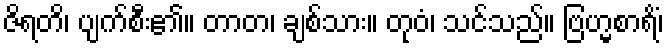
ဇိရတိ၊ ပျက်စီး၏။ တာတ၊ ချစ်သား။ တုဝံ၊ သင်သည်။ ဗြဟ္မစာရိံ၊